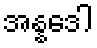
အန္နဒေါ